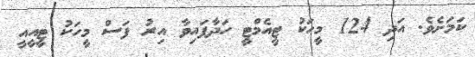
ކަމަށެވެ. އަދި 124 މީހަކު ޓީއެމްޓީ ހަދާފައިވާ އިރު ފަސް މީހަކު ޓީއީއީ